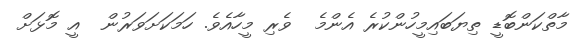
މާތްކަންބޮޑީ ތިޔަބައިމީހުންކުރެ އެންމެ  ވެރި މީހާއެވެ. ހަމަކަށަވަރުން  އީ މޮޅަށް